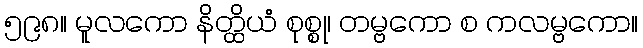
၅၉၈။ မူလကော နိတ္ထိယံ စုစ္စု၊ တမ္ဗကော စ ကလမ္ဗကော။